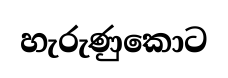
හැරුණුකොට